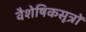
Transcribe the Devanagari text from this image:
वैशेषिकसूत्रों